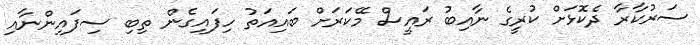
ސަރުކާރާ ދެކޮޅަށް ކުރީގެ ނާއިބު ރައީސް މޭކަރަށް ބައިއަތު ހިފައިގެން ތިބި ސިފައިންނާއި